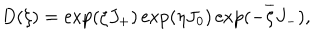
D ( \xi ) = \exp ( \zeta J _ { + } ) \exp ( \eta J _ { 0 } ) \exp ( - \overline { { \zeta } } J _ { - } ) ,